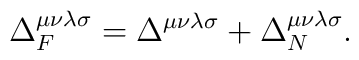
\Delta^{\mu\nu\lambda\sigma}_{F} = \Delta^{\mu\nu\lambda\sigma}+\Delta^{\mu\nu\lambda\sigma}_{N}.